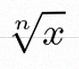
\sqrt[n]{x}